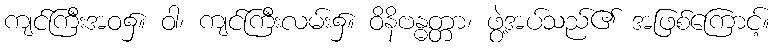
ကျင်ကြီးအဝ၌။ ဝါ၊ ကျင်ကြီးလမ်း၌။ ဝိနိဗန္ဓတ္တာ၊ ဖွဲ့အပ်သည်၏ အဖြစ်ကြောင့်။